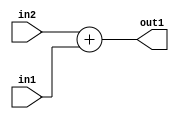
`timescale 1ps / 1ps
/*****************************************************************************
    Verilog RTL Description
    
    
    Created by: Stratus DpOpt 2019.1.01 
*******************************************************************************/

module DC_Filter_Add_10Ux9U_11U_1 (
	in2,
	in1,
	out1
	); /* architecture "behavioural" */ 
input [9:0] in2;
input [8:0] in1;
output [10:0] out1;
wire [10:0] asc001;

assign asc001 = 
	+(in2)
	+(in1);

assign out1 = asc001;
endmodule

/* CADENCE  ubDySgk= : u9/ySgnWtBlWxVPRXgAZ4Og= ** DO NOT EDIT THIS LINE ******/